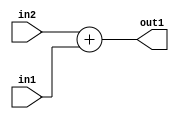
`timescale 1ps / 1ps
/*****************************************************************************
    Verilog RTL Description
    
    
    Created by: Stratus DpOpt 2019.1.01 
*******************************************************************************/

module DC_Filter_Add_10Ux9U_11U_1 (
	in2,
	in1,
	out1
	); /* architecture "behavioural" */ 
input [9:0] in2;
input [8:0] in1;
output [10:0] out1;
wire [10:0] asc001;

assign asc001 = 
	+(in2)
	+(in1);

assign out1 = asc001;
endmodule

/* CADENCE  ubDySgk= : u9/ySgnWtBlWxVPRXgAZ4Og= ** DO NOT EDIT THIS LINE ******/